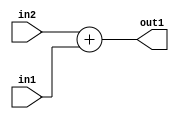
`timescale 1ps / 1ps
/*****************************************************************************
    Verilog RTL Description
    
    
    Created by: Stratus DpOpt 2019.1.01 
*******************************************************************************/

module DC_Filter_Add_10Ux9U_11U_1 (
	in2,
	in1,
	out1
	); /* architecture "behavioural" */ 
input [9:0] in2;
input [8:0] in1;
output [10:0] out1;
wire [10:0] asc001;

assign asc001 = 
	+(in2)
	+(in1);

assign out1 = asc001;
endmodule

/* CADENCE  ubDySgk= : u9/ySgnWtBlWxVPRXgAZ4Og= ** DO NOT EDIT THIS LINE ******/